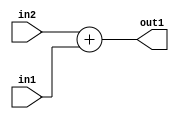
`timescale 1ps / 1ps
/*****************************************************************************
    Verilog RTL Description
    
    
    Created by: Stratus DpOpt 2019.1.01 
*******************************************************************************/

module DC_Filter_Add_10Ux9U_11U_1 (
	in2,
	in1,
	out1
	); /* architecture "behavioural" */ 
input [9:0] in2;
input [8:0] in1;
output [10:0] out1;
wire [10:0] asc001;

assign asc001 = 
	+(in2)
	+(in1);

assign out1 = asc001;
endmodule

/* CADENCE  ubDySgk= : u9/ySgnWtBlWxVPRXgAZ4Og= ** DO NOT EDIT THIS LINE ******/